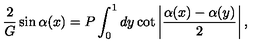
{ \frac { 2 } { G } } \sin \alpha ( x ) = P \int _ { 0 } ^ { 1 } d y \cot \left| { \frac { \alpha ( x ) - \alpha ( y ) } { 2 } } \right| ,